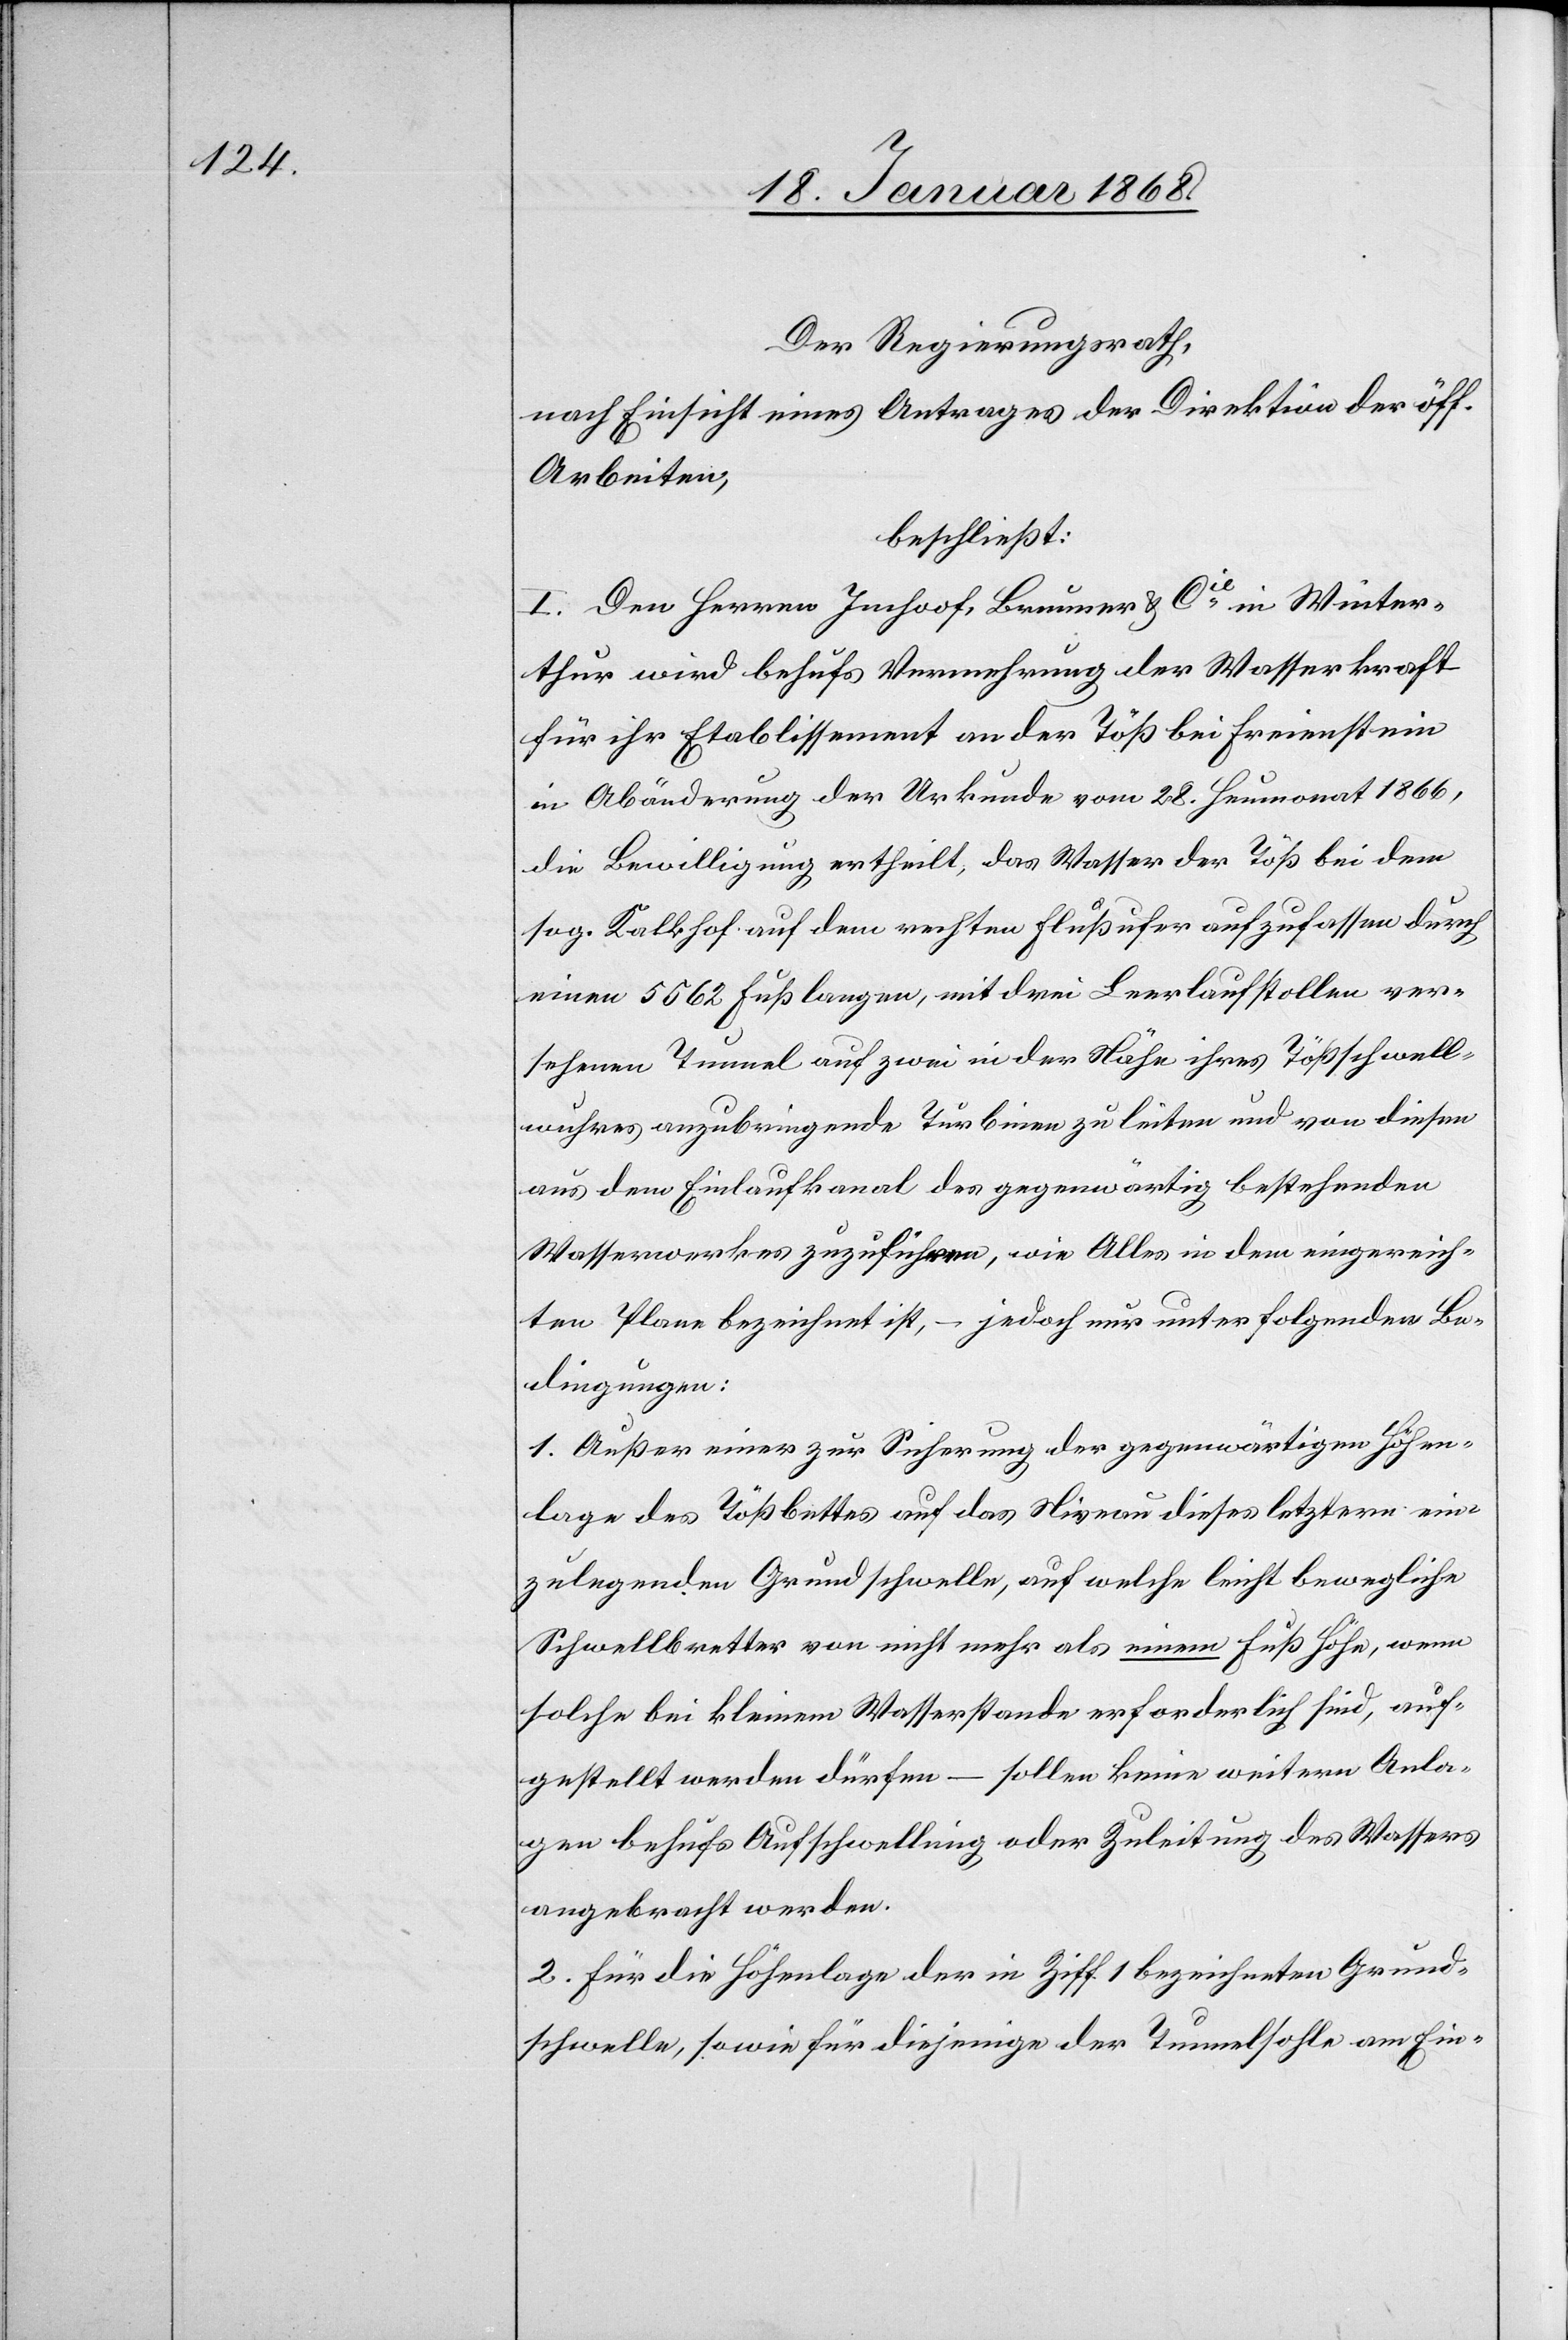
Der Regierungsrath,
nach Einsicht eines Antrages der Direktion der öff.
Arbeiten,
beschließt:
I. Den Herren Imhoof, Brunner & Cie. in Winter¬
thur wird behufs Vermehrung der Wasserkraft
für ihr Etablissement an der Töß bei Freienstein
in Abänderung der Urkunde vom 28. Heumonat 1866,
die Bewilligung ertheilt, das Wasser der Töß bei dem
sog. Kalkhof auf dem rechten Flußufer aufzufassen durch
einen 5[?5]62 Fuß langen, mit drei Leerlaufstollen ver¬
sehenen Tunnel auf zwei in der Nähe ihres Tößschwell¬
wuhres anzubringende Turbinen zu leiten und von diesen
aus dem Einlaufkanal des gegenwärtig bestehenden
Wasserwerkes zuzuführen, wie Alles in dem eingereich¬
ten Plane bezeichnet ist, – jedoch nur unter folgenden Be¬
dingungen:
1. Außer einer zur Sicherung der gegenwärtigen Höhen¬
lage des Tößbettes auf das Niveau dieses letztern ein¬
zulegenden Grundschwelle, auf welche leicht bewegliche
Schwellbretter von nicht mehr als einem Fuß Höhe, wenn
solche bei kleinem Wasserstande erforderlich sind, auf¬
gestellt werden dürfen – sollen keine weitern Anla¬
gen behufs Aufschwellung oder Zuleitung des Wassers
angebracht werden.
2. Für die Höhenlage der in Ziff 1 bezeichneten Grund¬
schwelle, sowie für diejenige der Tunnelsohle am Ein-